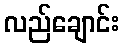
လည်ချောင်း